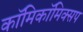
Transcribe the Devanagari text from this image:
काॅमिकॉमिक्सप